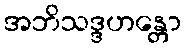
အဘိသဒ္ဒဟန္တော